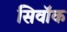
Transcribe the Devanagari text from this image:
सिवॉक